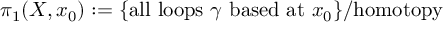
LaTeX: \pi _ { 1 } ( X , x _ { 0 } ) : = \{ { \mathrm { a l l ~ l o o p s ~ } } \gamma { \mathrm { ~ b a s e d ~ a t ~ } } x _ { 0 } \} / { \mathrm { h o m o t o p y } }